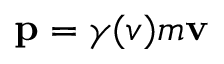
\mathbf { p } = \gamma ( v ) m \mathbf { v }